Civil Veterinary Dept. Assam report 1927-50 - 1927-1950
Year: 1927
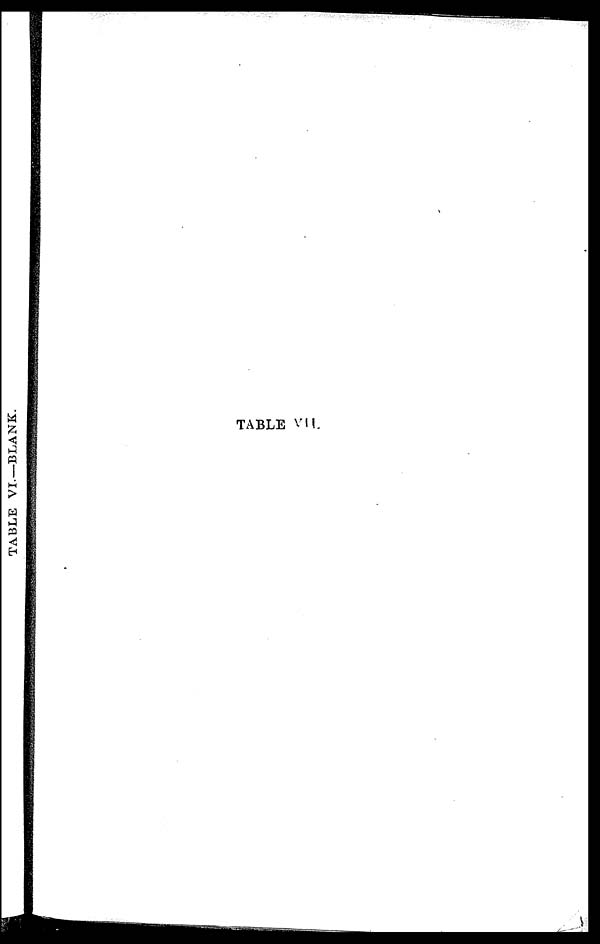
TABLE VI—BLANK.
TABLE VII.